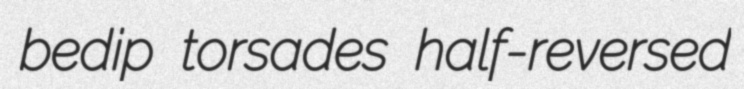
bedip torsades half-reversed